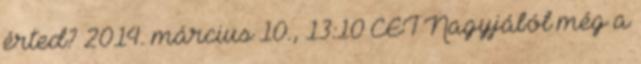
érted? 2014. március 10., 13:10 CET Nagyjából még a